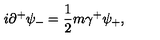
i { \partial } ^ { + } { \psi } _ { - } = \frac { 1 } { 2 } m { \gamma } ^ { + } { \psi } _ { + } ,